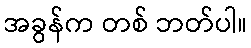
အခွန်က တစ် ဘတ်ပါ။